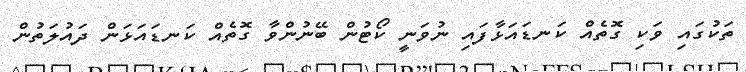
ތަކުގައި ވަކި ގޮތެއް ކަނޑައަޅާފައި ނުވަނީ ކޯޓުން ބޭނުންވާ ގޮތެއް ކަނޑައަޅަން ދައުލަތުން